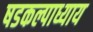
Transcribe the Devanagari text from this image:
षडकल्पाध्याय